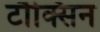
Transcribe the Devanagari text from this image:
टौक्सिन